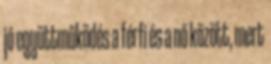
jó együttműködés a férfi és a nő között, mert